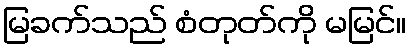
မြခက်သည် စံတုတ်ကို မမြင်။